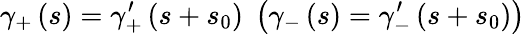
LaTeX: \gamma_{+}\left(s\right)=\gamma_{+}^{\prime}\left(s+s_{0}\right)\; \left(\gamma_{-}\left(s\right)=\gamma_{-}^{\prime}\left(s+s_{0}\right)\right)